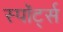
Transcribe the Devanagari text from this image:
स्पॉर्ट्स